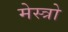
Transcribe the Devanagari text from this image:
मेस्त्रो